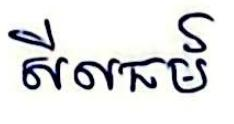
សីលធម៍